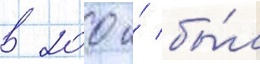
в 200 и́ бы́л